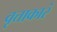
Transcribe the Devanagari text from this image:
वृत्ताकारं